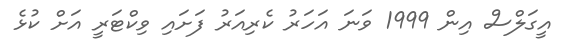
އީގަލްސް އިން 1999 ވަނަ އަހަރު ކެރިއަރު ފަށައި ވިކްޓަރީ އަށް ކުޅެ